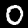
Digit: 0